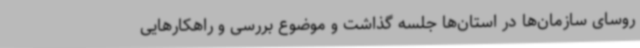
روسای سازمان‌ها در استان‌ها جلسه گذاشت و موضوع بررسی و راهکارهایی